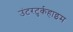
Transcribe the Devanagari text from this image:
उंटरटुर्कहाइम